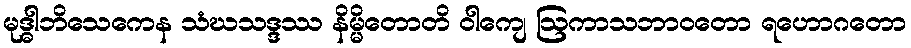
မုဒ္ဓါဘိသေကေန သံဃသဒ္ဒဿ နိမ္မိတောတိ ဝါကျေ ဩကာသဘာဝတော ရဟောဂတော